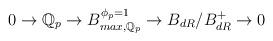
LaTeX: \begin{align*} 0 \to \mathbb{Q}_p \to B_{max,\mathbb{Q}_p}^{\phi_p = 1} \to B_{dR}/B^+_{dR} \to 0\end{align*}